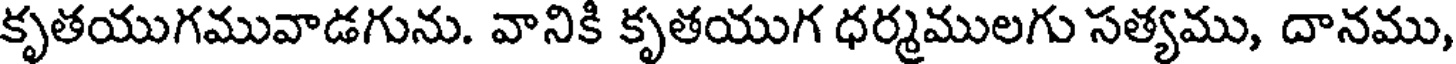
కృతయుగమువాడగును. వానికి కృతయుగ ధర్మములగు సత్యము, దానము,